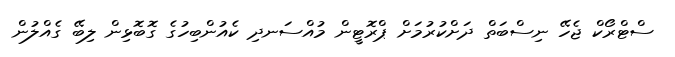
ސްޓްރޯކް ޖެހޭ ނިސްބަތް ދަށްކުރުމަށް ޕްރޮޓީން މުއްސަނދި ކެއުންބިހުގެ ގޮބޮޅިން ލިބޭ ގެއްލުން